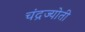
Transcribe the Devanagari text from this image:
चंद्रज्योती